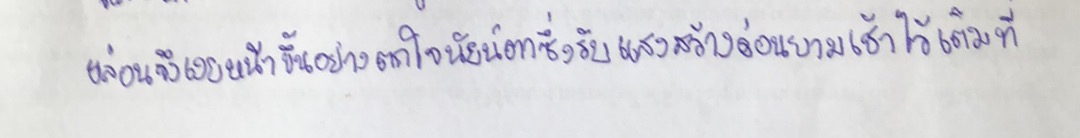
หล่อนจึงเงยหน้าขึ้นอย่างตกใจนัยน์ตาซึ่งรับแสงสว่างอ่อนยามเช้าไว้เต็มที่